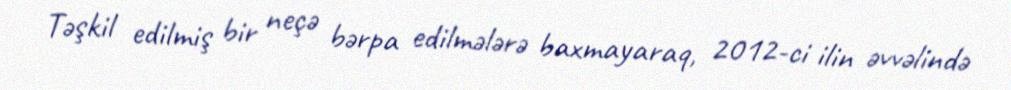
Təşkil edilmiş bir neçə bərpa edilmələrə baxmayaraq, 2012-ci ilin əvvəlində